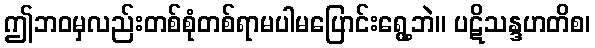
ဤဘဝမှလည်းတစ်စုံတစ်ရာမပါမပြောင်းရွေ့ဘဲ။ ပဋိသန္ဒဟတိစ၊